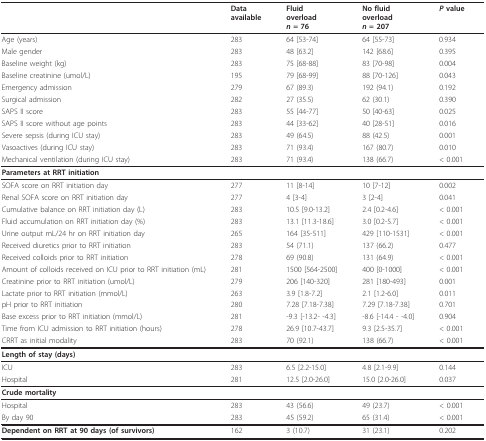
<table><thead><tr><td></td><td><b>Dataavailable</b></td><td><b>Fluidoverload<i>n </i>= 76</b></td><td><b>No fluidoverload<i>n </i>= 207</b></td><td><b><i>P </i>value</b></td></tr></thead><tbody><tr><td>Age (years)</td><td>283</td><td>64 [53-74]</td><td>64 [55-73]</td><td>0.934</td></tr><tr><td>Male gender</td><td>283</td><td>48 [63.2]</td><td>142 [68.6]</td><td>0.395</td></tr><tr><td>Baseline weight (kg)</td><td>283</td><td>75 [68-88]</td><td>83 [70-98]</td><td>0.004</td></tr><tr><td>Baseline creatinine (umol/L)</td><td>195</td><td>79 [68-99]</td><td>88 [70-126]</td><td>0.043</td></tr><tr><td>Emergency admission</td><td>279</td><td>67 (89.3)</td><td>192 (94.1)</td><td>0.192</td></tr><tr><td>Surgical admission</td><td>282</td><td>27 (35.5)</td><td>62 (30.1)</td><td>0.390</td></tr><tr><td>SAPS II score</td><td>283</td><td>55 [44-77]</td><td>50 [40-63]</td><td>0.025</td></tr><tr><td>SAPS II score without age points</td><td>283</td><td>44 [33-62]</td><td>40 [28-51]</td><td>0.016</td></tr><tr><td>Severe sepsis (during ICU stay)</td><td>283</td><td>49 (64.5)</td><td>88 (42.5)</td><td>0.001</td></tr><tr><td>Vasoactives (during ICU stay)</td><td>283</td><td>71 (93.4)</td><td>167 (80.7)</td><td>0.010</td></tr><tr><td>Mechanical ventilation (during ICU stay)</td><td>283</td><td>71 (93.4)</td><td>138 (66.7)</td><td>&lt; 0.001</td></tr><tr><td><b>Parameters at RRT initiation</b></td><td></td><td></td><td></td><td></td></tr><tr><td>SOFA score on RRT initiation day</td><td>277</td><td>11 [8-14]</td><td>10 [7-12]</td><td>0.002</td></tr><tr><td>Renal SOFA score on RRT initiation day</td><td>277</td><td>4 [3-4]</td><td>3 [2-4]</td><td>0.041</td></tr><tr><td>Cumulative balance on RRT initiation day (L)</td><td>283</td><td>10.5 [9.0-13.2]</td><td>2.4 [0.2-4.6]</td><td>&lt; 0.001</td></tr><tr><td>Fluid accumulation on RRT initiation day (%)</td><td>283</td><td>13.1 [11.3-18.6]</td><td>3.0 [0.2-5.7]</td><td>&lt; 0.001</td></tr><tr><td>Urine output mL/24 hr on RRT initiation day</td><td>265</td><td>164 [35-511]</td><td>429 [110-1531]</td><td>&lt; 0.001</td></tr><tr><td>Received diuretics prior to RRT initiation</td><td>283</td><td>54 (71.1)</td><td>137 (66.2)</td><td>0.477</td></tr><tr><td>Received colloids prior to RRT initiation</td><td>278</td><td>69 (90.8)</td><td>131 (64.9)</td><td>&lt; 0.001</td></tr><tr><td>Amount of colloids received on ICU prior to RRT initiation (mL)</td><td>281</td><td>1500 [564-2500]</td><td>400 [0-1000]</td><td>&lt; 0.001</td></tr><tr><td>Creatinine prior to RRT initiation (umol/L)</td><td>279</td><td>206 [140-320]</td><td>281 [180-493]</td><td>0.001</td></tr><tr><td>Lactate prior to RRT initiation (mmol/L)</td><td>263</td><td>3.9 [1.8-7.2]</td><td>2.1 [1.2-6.0]</td><td>0.011</td></tr><tr><td>pH prior to RRT initiation</td><td>280</td><td>7.28 [7.18-7.38]</td><td>7.29 [7.18-7.38]</td><td>0.701</td></tr><tr><td>Base excess prior to RRT initiation (mmol/L)</td><td>281</td><td>-9.3 [-13.2- -4.3]</td><td>-8.6 [-14.4 - -4.0]</td><td>0.904</td></tr><tr><td>Time from ICU admission to RRT initiation (hours)</td><td>278</td><td>26.9 [10.7-43.7]</td><td>9.3 [2.5-35.7]</td><td>&lt; 0.001</td></tr><tr><td>CRRT as initial modality</td><td>283</td><td>70 (92.1)</td><td>138 (66.7)</td><td>&lt; 0.001</td></tr><tr><td><b>Length of stay (days)</b></td><td></td><td></td><td></td><td></td></tr><tr><td>ICU</td><td>283</td><td>6.5 [2.2-15.0]</td><td>4.8 [2.1-9.9]</td><td>0.144</td></tr><tr><td>Hospital</td><td>281</td><td>12.5 [2.0-26.0]</td><td>15.0 [2.0-26.0]</td><td>0.037</td></tr><tr><td><b>Crude mortality</b></td><td></td><td></td><td></td><td></td></tr><tr><td>Hospital</td><td>283</td><td>43 (56.6)</td><td>49 (23.7)</td><td>&lt; 0.001</td></tr><tr><td>By day 90</td><td>283</td><td>45 (59.2)</td><td>65 (31.4)</td><td>&lt; 0.001</td></tr><tr><td><b>Dependent on RRT at 90 days (of survivors)</b></td><td>162</td><td>3 (10.7)</td><td>31 (23.1)</td><td>0.202</td></tr></tbody></table>